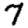
Digit: 7